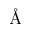
\textup { \AA }